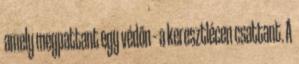
amely megpattant egy védőn – a keresztlécen csattant. A